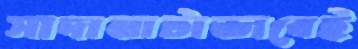
সাদামাটাভাবেই